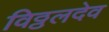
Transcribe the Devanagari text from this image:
विठ्ठलदेव